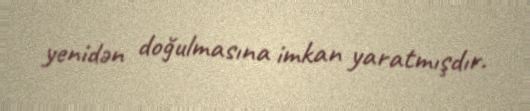
yenidən doğulmasına imkan yaratmışdır.